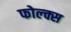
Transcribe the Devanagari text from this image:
फोल्क्स